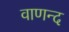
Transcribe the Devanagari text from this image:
वाणन्द